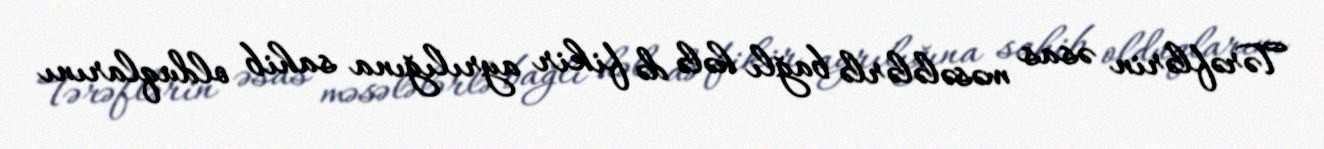
Tərəflərin əsas məsələlərlə bağlı hələ də fikir ayrılığına sahib olduqlarını